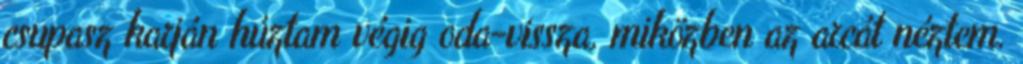
csupasz karján húztam végig oda-vissza, miközben az arcát néztem.